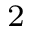
_ 2